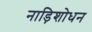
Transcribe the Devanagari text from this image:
नाड़िशोधन